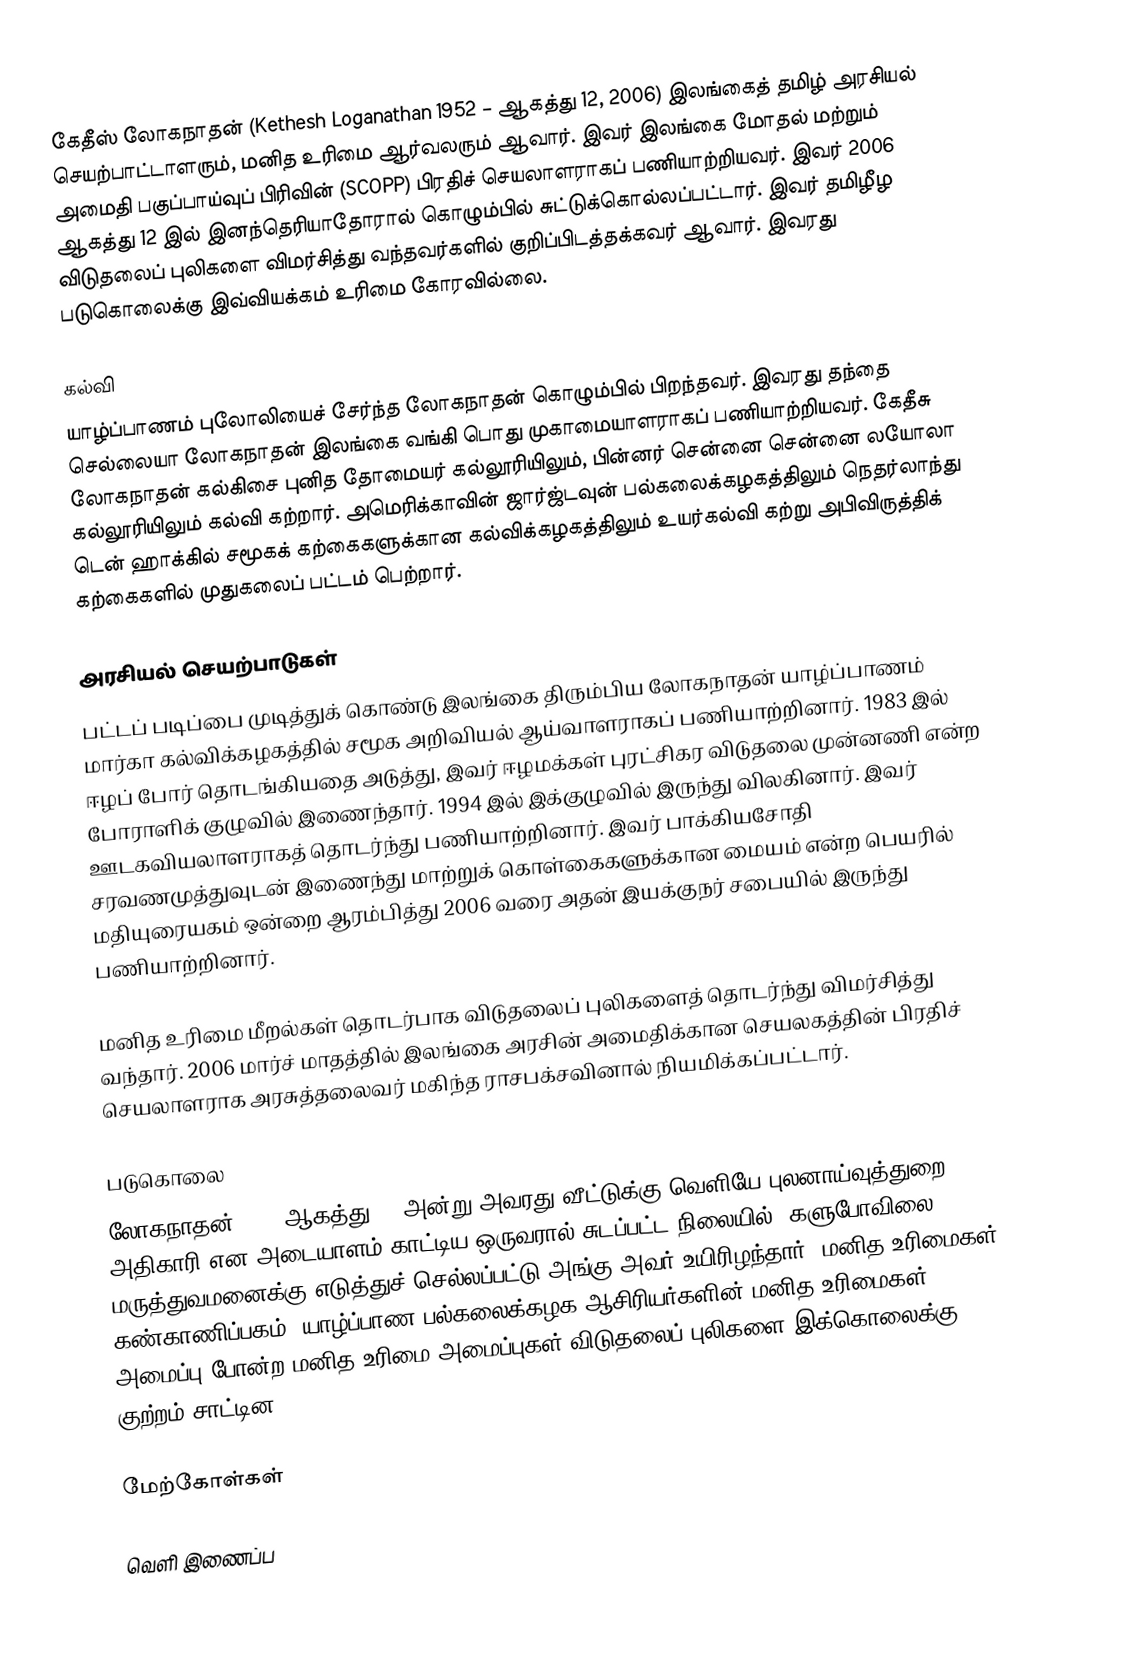
கேதீஸ் லோகநாதன் (Kethesh Loganathan 1952 – ஆகத்து 12, 2006) இலங்கைத் தமிழ் அரசியல் செயற்பாட்டாளரும், மனித உரிமை ஆர்வலரும் ஆவார். இவர் இலங்கை மோதல் மற்றும் அமைதி பகுப்பாய்வுப் பிரிவின் (SCOPP) பிரதிச் செயலாளராகப் பணியாற்றியவர். இவர் 2006 ஆகத்து 12 இல் இனந்தெரியாதோரால் கொழும்பில் சுட்டுக்கொல்லப்பட்டார். இவர் தமிழீழ விடுதலைப் புலிகளை விமர்சித்து வந்தவர்களில் குறிப்பிடத்தக்கவர் ஆவார். இவரது படுகொலைக்கு இவ்வியக்கம் உரிமை கோரவில்லை.

கல்வி
யாழ்ப்பாணம் புலோலியைச் சேர்ந்த லோகநாதன் கொழும்பில் பிறந்தவர். இவரது தந்தை செல்லையா லோகநாதன் இலங்கை வங்கி பொது முகாமையாளராகப் பணியாற்றியவர். கேதீசு லோகநாதன் கல்கிசை புனித தோமையர் கல்லூரியிலும், பின்னர் சென்னை சென்னை லயோலா கல்லூரியிலும் கல்வி கற்றார். அமெரிக்காவின் ஜார்ஜ்டவுன் பல்கலைக்கழகத்திலும் நெதர்லாந்து டென் ஹாக்கில் சமூகக் கற்கைகளுக்கான கல்விக்கழகத்திலும் உயர்கல்வி கற்று அபிவிருத்திக் கற்கைகளில் முதுகலைப் பட்டம் பெற்றார்.

அரசியல் செயற்பாடுகள்
பட்டப் படிப்பை முடித்துக் கொண்டு இலங்கை திரும்பிய லோகநாதன் யாழ்ப்பாணம் மார்கா கல்விக்கழகத்தில் சமூக அறிவியல் ஆய்வாளராகப் பணியாற்றினார். 1983 இல் ஈழப் போர் தொடங்கியதை அடுத்து, இவர் ஈழமக்கள் புரட்சிகர விடுதலை முன்னணி என்ற போராளிக் குழுவில் இணைந்தார். 1994 இல் இக்குழுவில் இருந்து விலகினார். இவர் ஊடகவியலாளராகத் தொடர்ந்து பணியாற்றினார். இவர் பாக்கியசோதி சரவணமுத்துவுடன் இணைந்து மாற்றுக் கொள்கைகளுக்கான மையம் என்ற பெயரில் மதியுரையகம் ஒன்றை ஆரம்பித்து 2006 வரை அதன் இயக்குநர் சபையில் இருந்து பணியாற்றினார்.

மனித உரிமை மீறல்கள் தொடர்பாக விடுதலைப் புலிகளைத் தொடர்ந்து விமர்சித்து வந்தார். 2006 மார்ச் மாதத்தில் இலங்கை அரசின் அமைதிக்கான செயலகத்தின் பிரதிச் செயலாளராக அரசுத்தலைவர் மகிந்த ராசபக்சவினால் நியமிக்கப்பட்டார்.

படுகொலை
லோகநாதன் 2006 ஆகத்து 12 அன்று அவரது வீட்டுக்கு வெளியே புலனாய்வுத்துறை அதிகாரி என அடையாளம் காட்டிய ஒருவரால் சுடப்பட்ட நிலையில், களுபோவிலை மருத்துவமனைக்கு எடுத்துச் செல்லப்பட்டு அங்கு அவர் உயிரிழந்தார். மனித உரிமைகள் கண்காணிப்பகம், யாழ்ப்பாண பல்கலைக்கழக ஆசிரியர்களின் மனித உரிமைகள் அமைப்பு போன்ற மனித உரிமை அமைப்புகள் விடுதலைப் புலிகளை இக்கொலைக்கு குற்றம் சாட்டின.

மேற்கோள்கள்

வெளி இணைப்ப